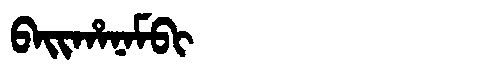
Manchu: ᠪᠠᡳᡥᠠᠨᠠᠮᠪᡳ
Romanization: BAIHANAMBI